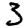
Digit: 3